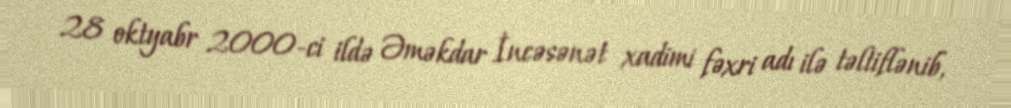
28 oktyabr 2000-ci ildə Əməkdar İncəsənət xadimi fəxri adı ilə təltiflənib,